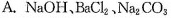
A.NaOH、BaCl_{2}，Na_2CO_{3}